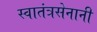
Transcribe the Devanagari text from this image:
स्वातंत्रसेनानी